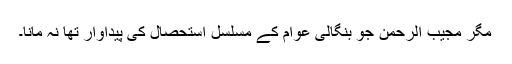
مگر مجیب الرحمٰن جو بنگالی عوام کے مسلسل استحصال کی پیداوار تھا نہ مانا۔